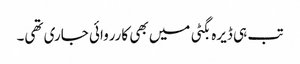
تب ہی ڈیرہ بگٹی میں بھی کارروائی جاری تھی۔